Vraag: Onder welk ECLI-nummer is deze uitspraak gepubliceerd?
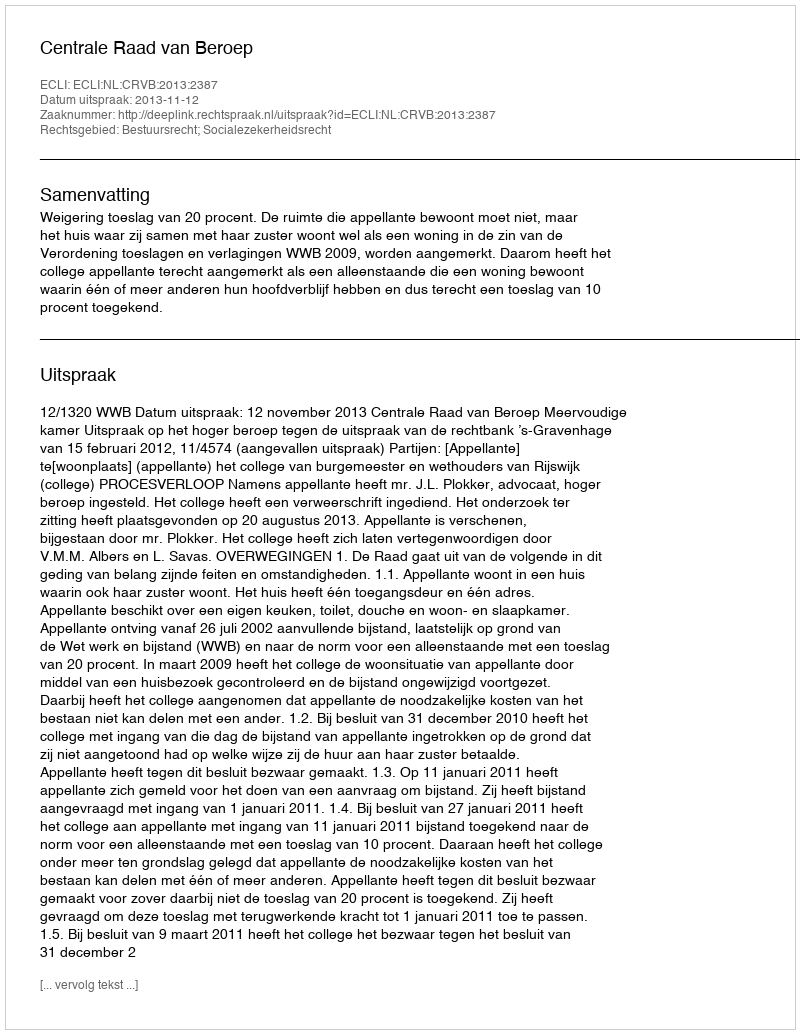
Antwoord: ECLI:NL:CRVB:2013:2387